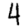
Digit: 4